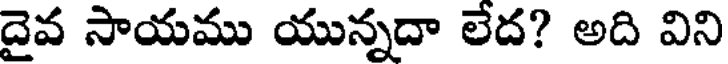
దైవ సాయము యున్నదా లేద? అది విని